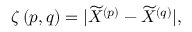
\begin{array} { r } { \zeta \left( p , q \right) = \vert \widetilde { X } ^ { \left( p \right) } - \widetilde { X } ^ { \left( q \right) } \vert , } \end{array}